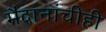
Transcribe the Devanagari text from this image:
मैदानांचीही